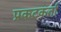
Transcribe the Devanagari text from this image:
प्रकटकर्ता